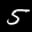
Label: 5